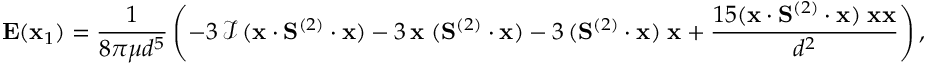
\mathbf { E } ( \mathbf { x } _ { 1 } ) = \frac { 1 } { 8 \pi \mu d ^ { 5 } } \left( - 3 \, \mathcal { I } \, ( \mathbf { x } \cdot \mathbf { S } ^ { ( 2 ) } \cdot \mathbf { x } ) - 3 \, \mathbf { x } \; ( \mathbf { S } ^ { ( 2 ) } \cdot \mathbf { x } ) - 3 \, ( \mathbf { S } ^ { ( 2 ) } \cdot \mathbf { x } ) \; \mathbf { x } + \frac { 1 5 ( \mathbf { x } \cdot \mathbf { S } ^ { ( 2 ) } \cdot \mathbf { x } ) \; \mathbf { x } \mathbf { x } } { d ^ { 2 } } \right) ,